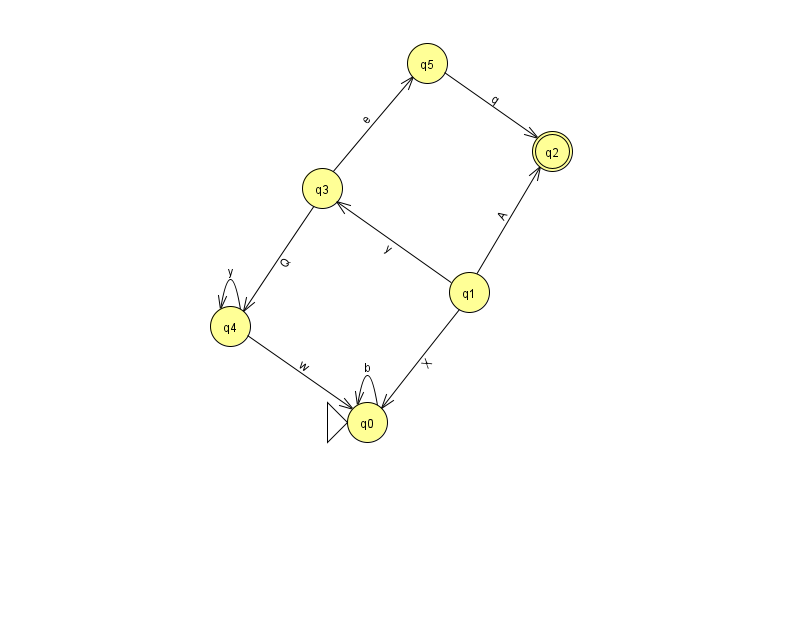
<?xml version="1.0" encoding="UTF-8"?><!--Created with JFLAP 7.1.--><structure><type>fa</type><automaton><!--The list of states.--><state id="0" name="q0"><x>367.0</x><y>409.0</y><initial/></state><state id="1" name="q1"><x>469.0</x><y>279.0</y></state><state id="2" name="q2"><x>552.0</x><y>138.0</y><final/></state><state id="3" name="q3"><x>322.0</x><y>175.0</y></state><state id="4" name="q4"><x>230.0</x><y>313.0</y></state><state id="5" name="q5"><x>427.0</x><y>50.0</y></state><!--The list of transitions.--><transition><from>1</from><to>0</to><read>X</read></transition><transition><from>0</from><to>0</to><read>b</read></transition><transition><from>3</from><to>5</to><read>e</read></transition><transition><from>1</from><to>3</to><read>y</read></transition><transition><from>5</from><to>2</to><read>q</read></transition><transition><from>3</from><to>4</to><read>Q</read></transition><transition><from>4</from><to>4</to><read>y</read></transition><transition><from>4</from><to>0</to><read>w</read></transition><transition><from>1</from><to>2</to><read>A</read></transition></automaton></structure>